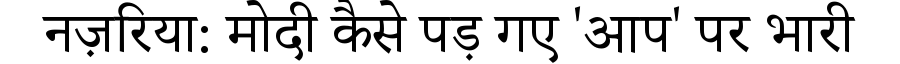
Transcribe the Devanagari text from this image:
नज़रिया: मोदी कैसे पड़ गए 'आप' पर भारी